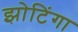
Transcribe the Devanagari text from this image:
झोटिंगा